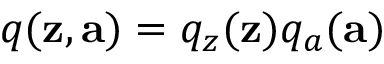
q ( \mathbf { z } , \mathbf { a } ) = q _ { z } ( \mathbf { z } ) q _ { a } ( \mathbf { a } )